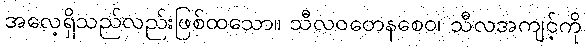
အလေ့ရှိသည်လည်းဖြစ်ထသော။ သီလဝတေနစေဝ၊ သီလအကျင့်ကို